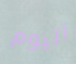
اليوم